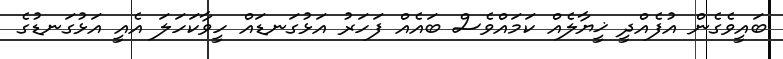
ބައީވެގެން އުފެއްދީ ޚީޔާލެއް ކަމައްވެސް ބައެއް ފަހަރު އަޅުގަނޑައް ހީވާކަހަލަ އެއީ އަޅުގަނޑުގެ